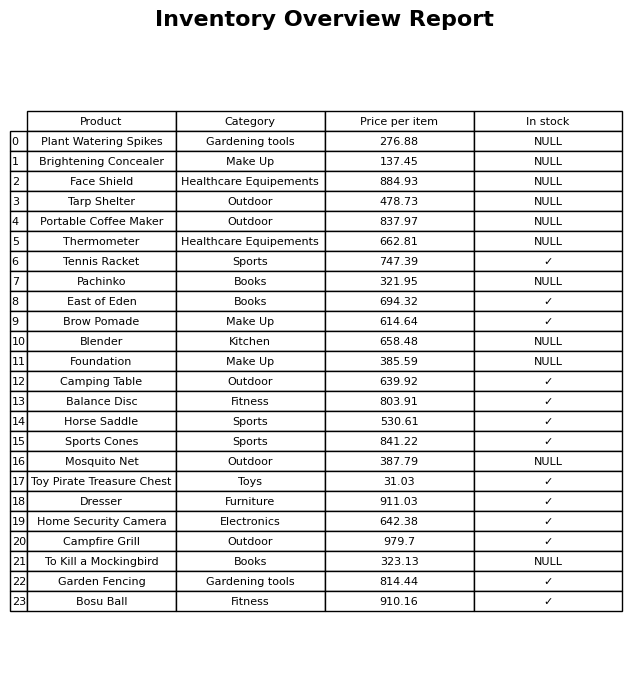
question: Which products are currently out of stock?
answer: Plant Watering Spikes, Brightening Concealer, Face Shield, Tarp Shelter, Portable Coffee Maker, Thermometer, Pachinko, Blender, Foundation, Mosquito Net, To Kill a Mockingbird